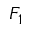
F _ { 1 }